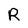
Character: R